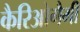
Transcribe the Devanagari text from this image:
कैरिओगैमी